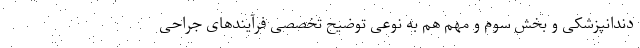
دندانپزشکی و بخش سوم و مهم هم به نوعی توضیح تخصصی فرآیندهای جراحی